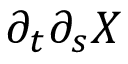
\partial _ { t } \partial _ { s } { \ensuremath \boldsymbol { X } }